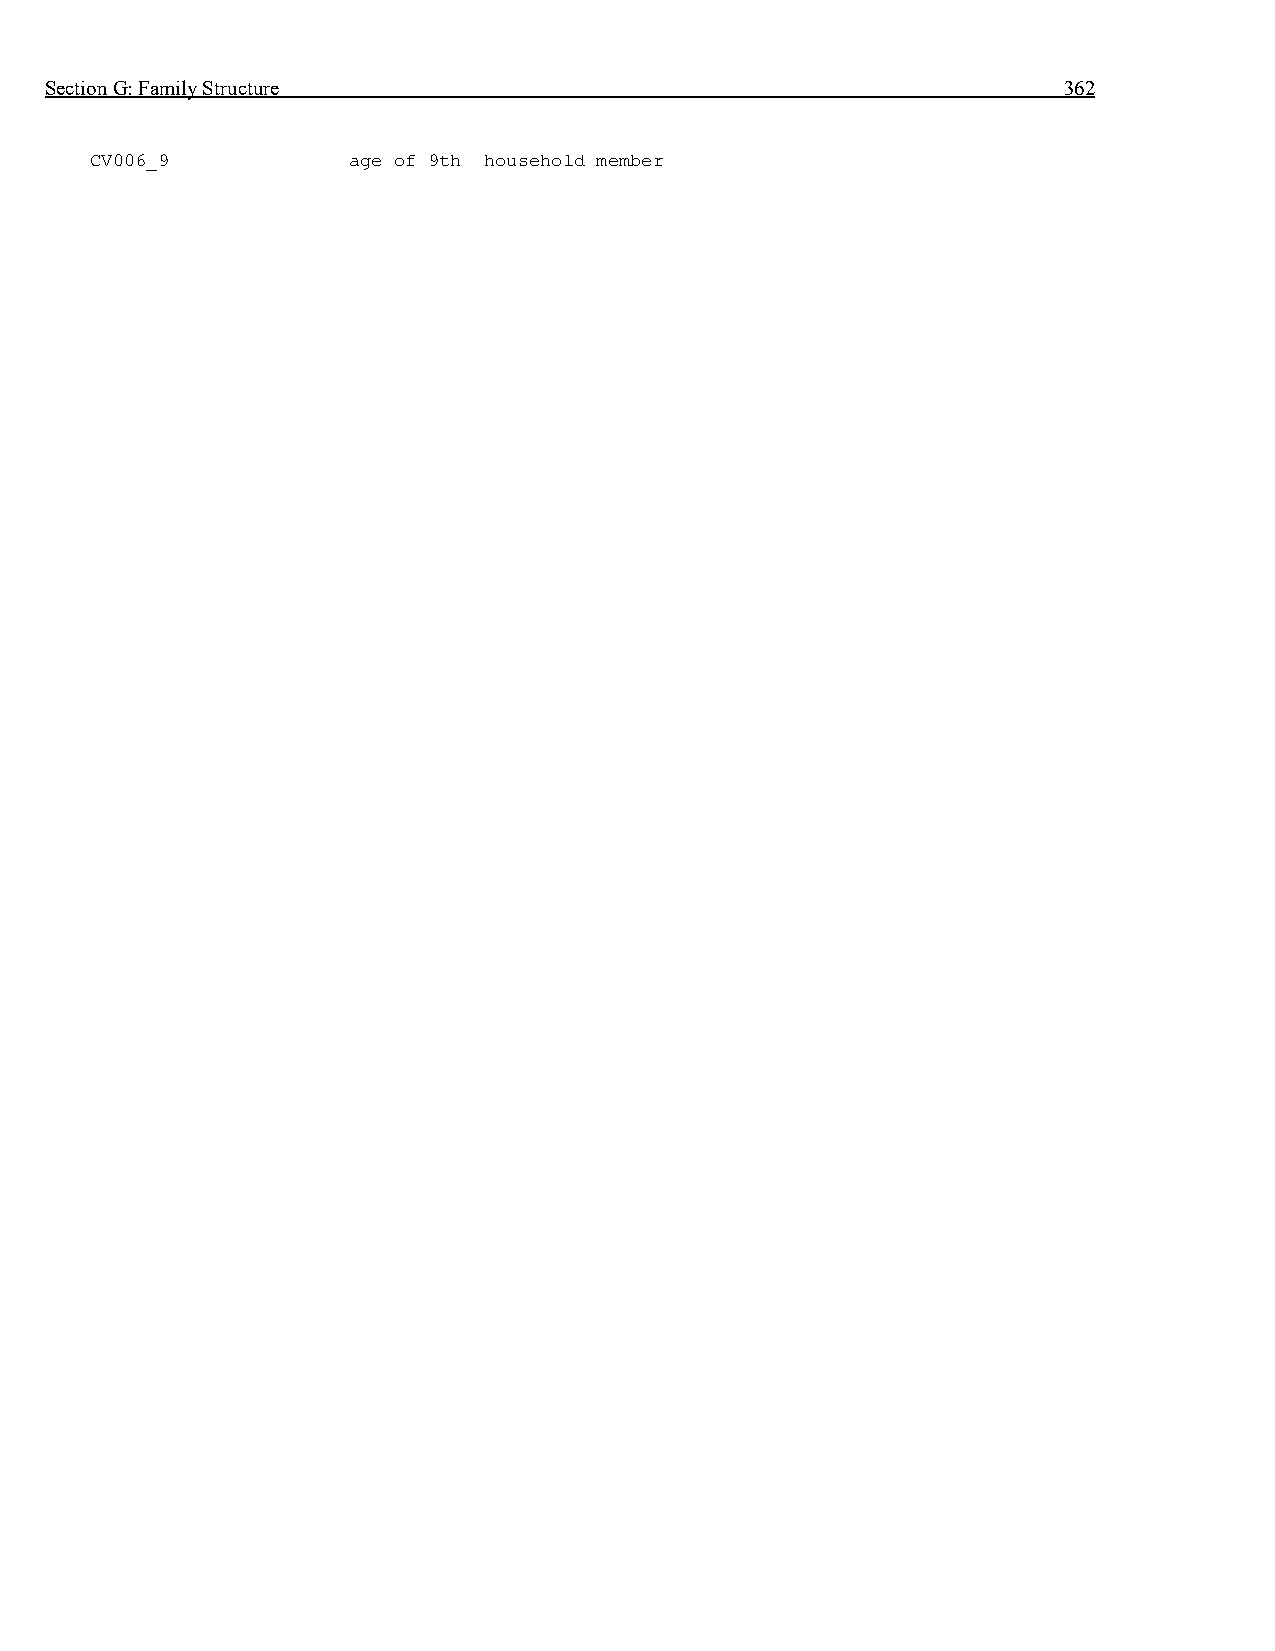
Section G: Family Structure                                        362
 CV006_9          age of 9th household member